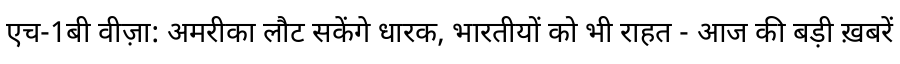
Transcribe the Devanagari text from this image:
एच-1बी वीज़ा: अमरीका लौट सकेंगे धारक, भारतीयों को भी राहत - आज की बड़ी ख़बरें